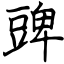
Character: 豍